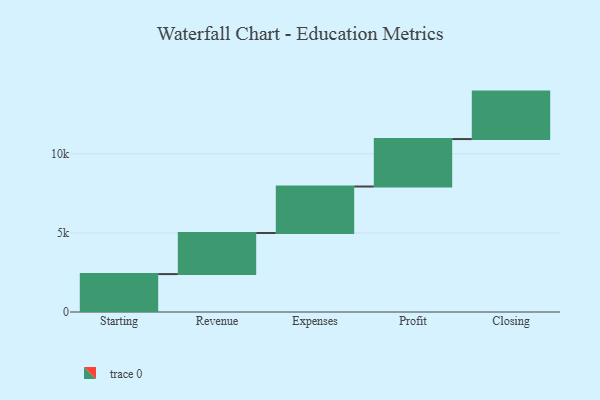
{"axis": {"x": "Step", "y": "Value"}, "legend": [""], "data": [{"x": "Starting", "y": 2396.0, "type": ""}, {"x": "Revenue", "y": 2596.0, "type": ""}, {"x": "Expenses", "y": 2939.0, "type": ""}, {"x": "Profit", "y": 3000, "type": ""}, {"x": "Closing", "y": 3000, "type": ""}]}